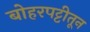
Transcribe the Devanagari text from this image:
बोहरपट्टीतून